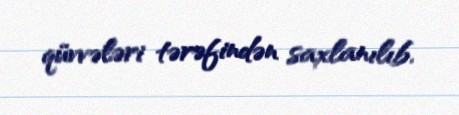
qüvvələri tərəfindən saxlanılıb.